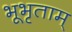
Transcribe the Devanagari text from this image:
भूभृताम्